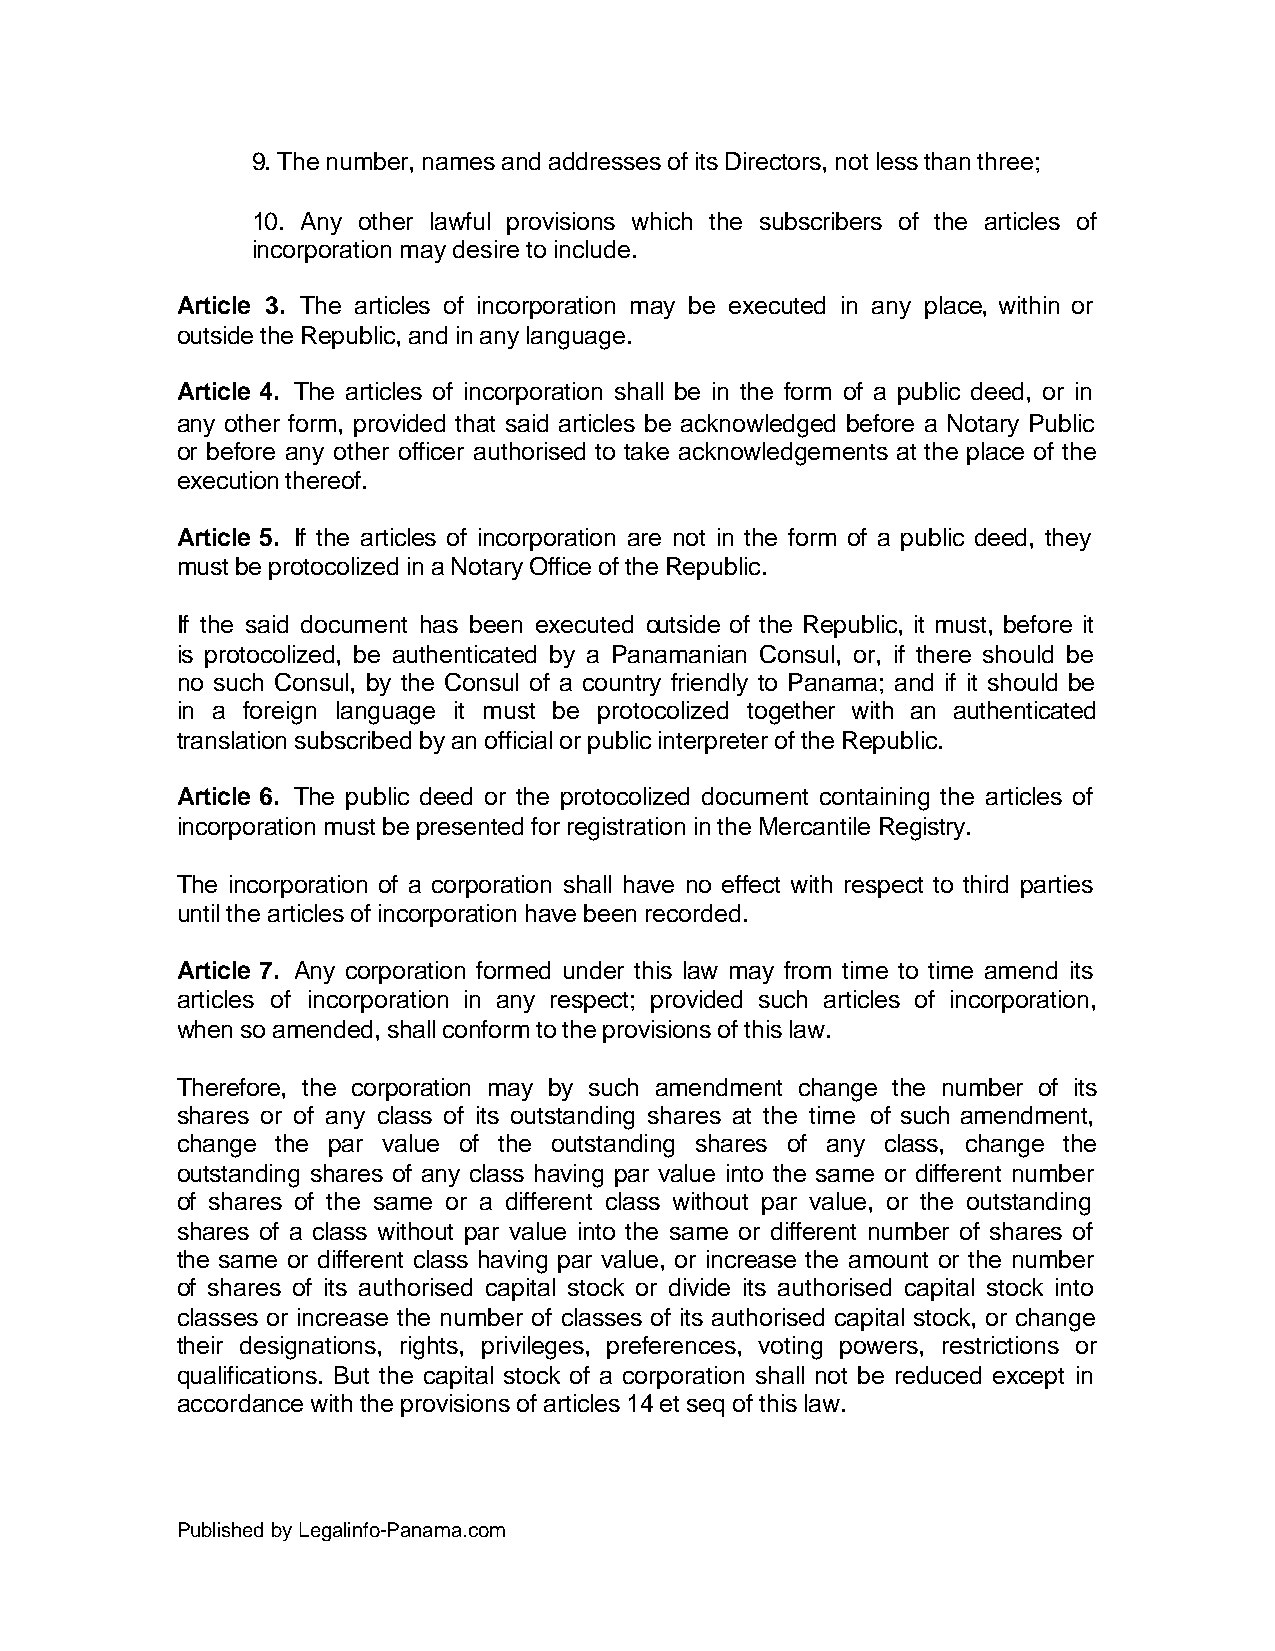
9. The number, names and addresses of its Directors, not less than three;
 10. Any other lawful provisions which the subscribers of the articles of
 incorporation may desire to include.
 Article 3. The articles of incorporation may be executed in any place, within or
 outside the Republic, and in any language.
 Article 4. The articles of incorporation shall be in the form of a public deed, or in
 any other form, provided that said articles be acknowledged before a Notary Public
 or before any other officer authorised to take acknowledgements at the place of the
 execution thereof.
 Article 5. If the articles of incorporation are not in the form of a public deed, they
 must be protocolized in a Notary Office of the Republic.
 If the said document has been executed outside of the Republic, it must, before it
 is protocolized, be authenticated by a Panamanian Consul, or, if there should be
 no such Consul, by the Consul of a country friendly to Panama; and if it should be
 in a foreign language it must be protocolized together with an authenticated
 translation subscribed by an official or public interpreter of the Republic.
 Article 6. The public deed or the protocolized document containing the articles of
 incorporation must be presented for registration in the Mercantile Registry.
 The incorporation of a corporation shall have no effect with respect to third parties
 until the articles of incorporation have been recorded.
 Article 7. Any corporation formed under this law may from time to time amend its
 articles of incorporation in any respect; provided such articles of incorporation,
 when so amended, shall conform to the provisions of this law.
 Therefore, the corporation may by such amendment change the number of its
 shares or of any class of its outstanding shares at the time of such amendment,
 change the par value of the outstanding shares of any class, change the
 outstanding shares of any class having par value into the same or different number
 of shares of the same or a different class without par value, or the outstanding
 shares of a class without par value into the same or different number of shares of
 the same or different class having par value, or increase the amount or the number
 of shares of its authorised capital stock or divide its authorised capital stock into
 classes or increase the number of classes of its authorised capital stock, or change
 their designations, rights, privileges, preferences, voting powers, restrictions or
 qualifications. But the capital stock of a corporation shall not be reduced except in
 accordance with the provisions of articles 14 et seq of this law.
 Published by Legalinfo-Panama.com